Leaving Certificate Examination, 1913
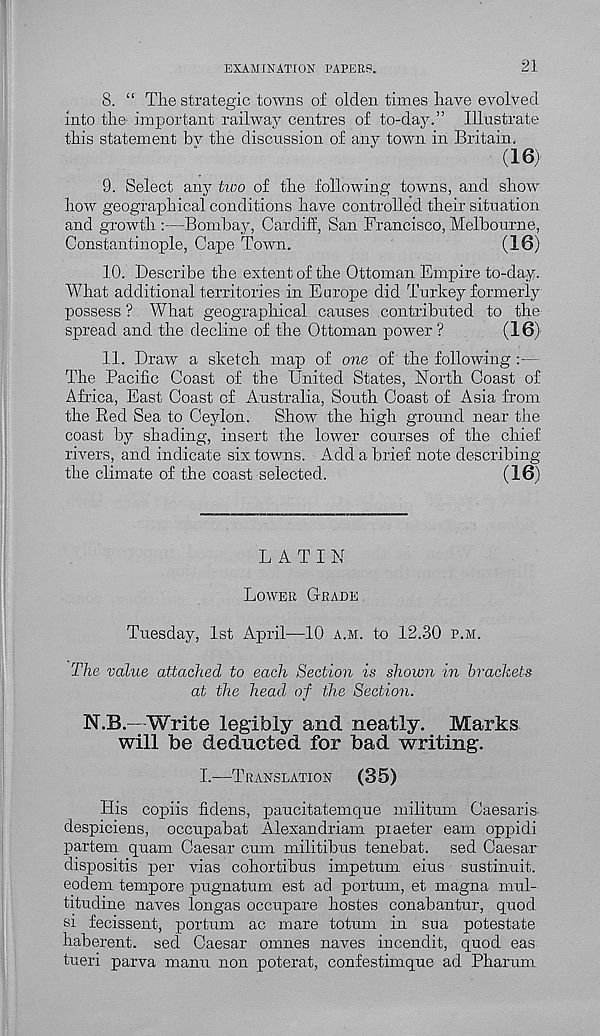
EXAMINATION PAPERS.
21
8. “ The strategic towns of olden times have evolved
into the important railway centres of to-day.” Illustrate
this statement bv the discussion of any town in Britain.
(16)
9. Select any tioo of the following towns, and show
how geographical conditions have controlled their situation
and growth :—Bombay, Cardiff, San Francisco, Melbourne,
Constantinople, Cape Town.
(16)
10. Describe the extent of the Ottoman Empire to-day.
What additional territories in Europe did Turkey formerly
possess ? What geographical causes contributed to the
spread and the decline of the Ottoman power ?
(16)'
11. Draw a sketch map of one of the following
The Pacific Coast of the United States, North Coast of
Africa, East Coast of Australia, South Coast of Asia from
the Bed Sea to Ceylon. Show the high ground near the
coast by shading, insert the lower courses of the chief
rivers, and indicate six towns. Add a brief note describing
the climate of the coast selected.
(16)
LATIN
LOWER GRADE
Tuesday, 1st April—10 A.M. to 12.30 P.M.
The value attached to each Section is shown in brackets
at the head of the Section.
N.B.—Write legibly and neatly. Marks
will be deducted for bad writing.
I.—TRANSLATION
(35)
His copiis fidens, paucitatemque militum Caesaris
despiciens, occupabat Alexandriam piaster earn oppidi
partem quam Caesar cum militibus tenebat. sed Caesar
dispositis per vias cohortibus impetum eius sustinuit.
eodem tempore pugnatum est ad portum, et magna mul-
titudine naves longas occupare hostes conabantur, quod
si fecissent, portum ac mare totum in sua potestate
haberent. seel Caesar omnes naves incendit, quod eas
tueri parva manu non poterat, confestimque ad Pharum